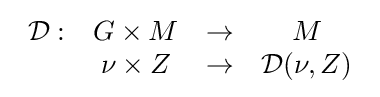
{\begin{array}{rccc}{\mathcal {D}}:&G\times M&\rightarrow &M\\&\nu \times Z&\rightarrow &{\mathcal {D}}(\nu ,Z)\end{array}}